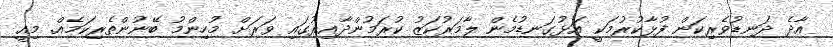
އާދެ ދަނޑުވެރިކަން ފުޅާކުރުމަކީ އަޅުގަނޑުމެން ލާމަރުކަޒު ކުރަމުންދާއިރުގައި ވަރަށް މުހިންމު ބޭނުންތެރިކަމެއް. މިއީ